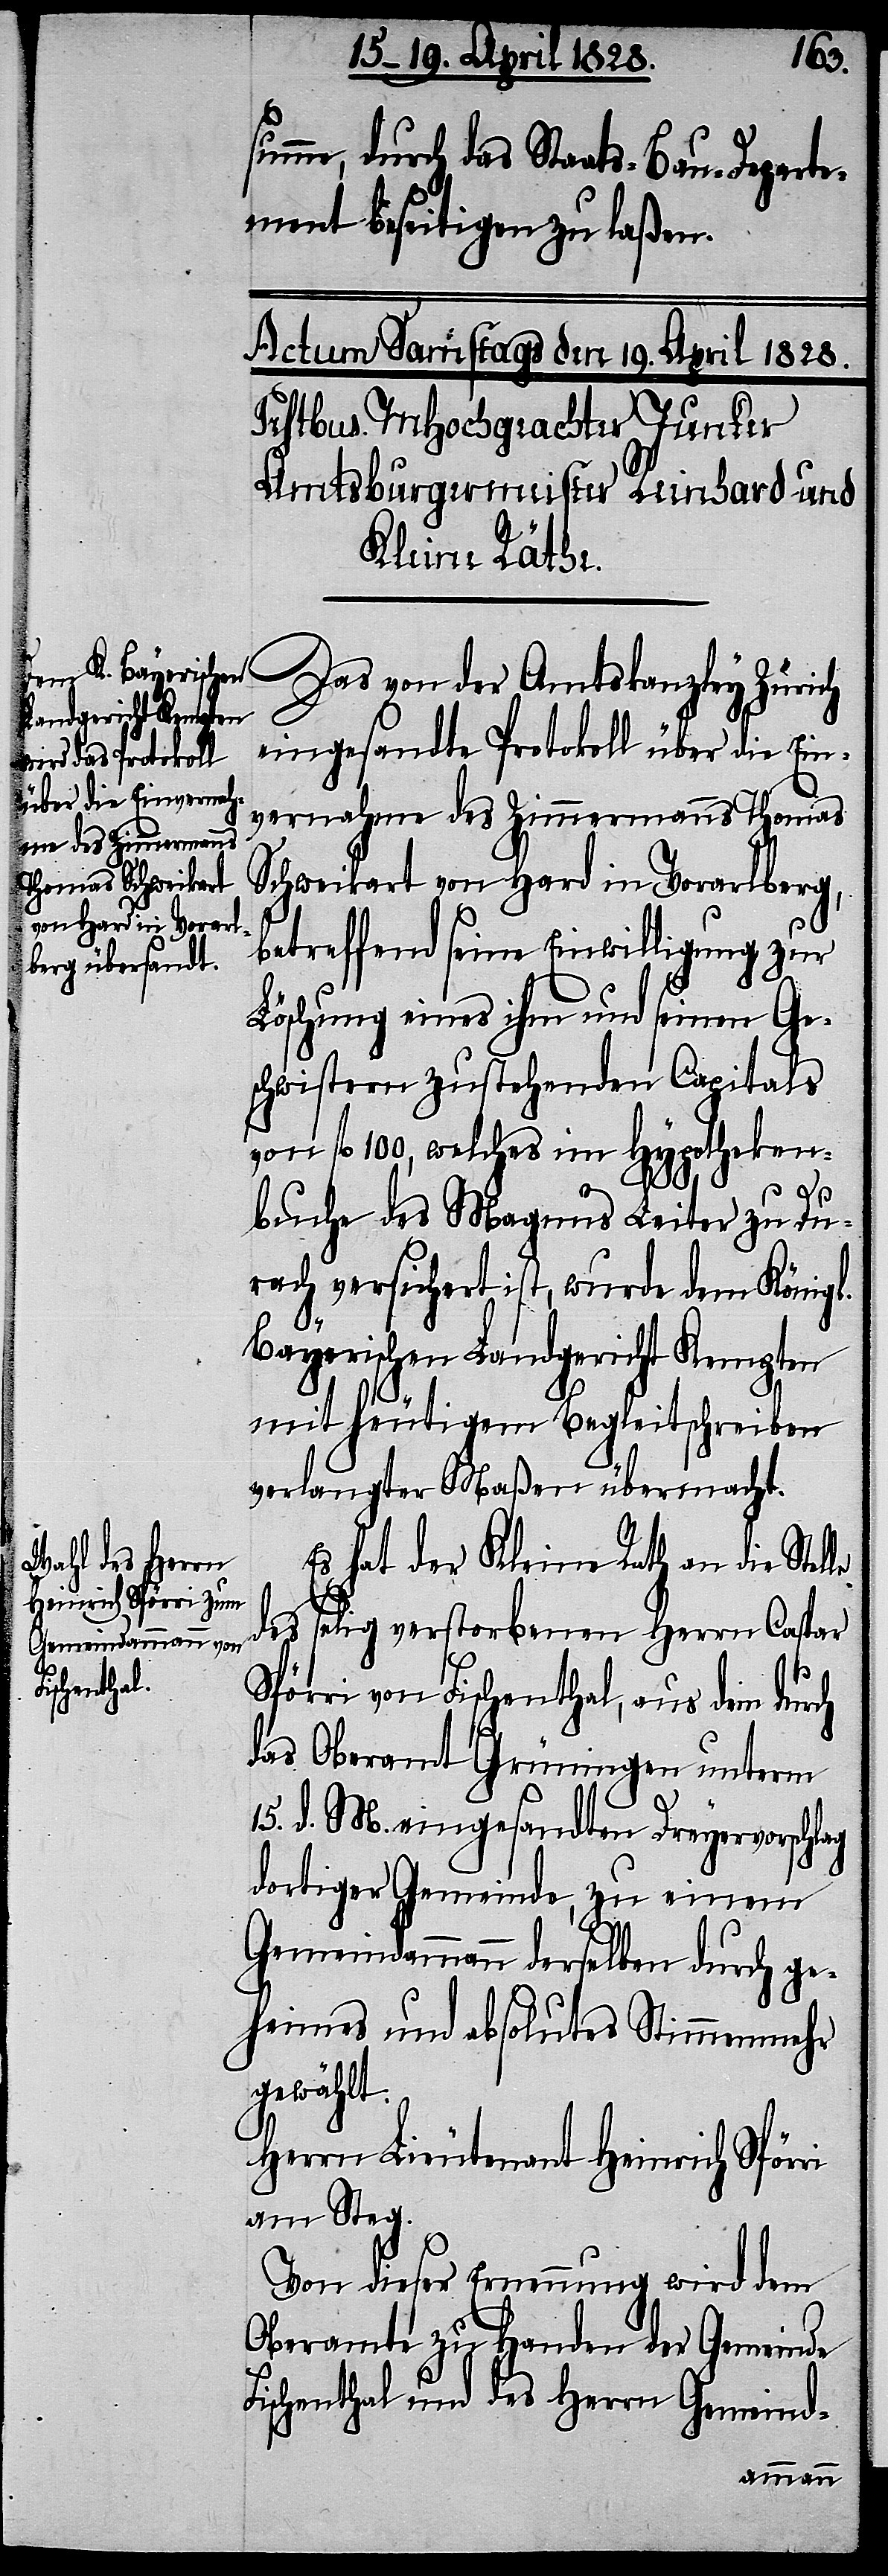
summe, durch das Staats-Bau-Departe¬
ment beseitigen zu laßen.
Das von der Amtskanzley Zürich
eingesandte Protokoll über die Ein¬
vernahme des Zimmermanns Thomas
Schweikart von Hard in Vorarlberg,
betreffend seine Einwilligung zur
Löschung eines ihm und seinen Ge¬
schwistern zustehenden Capitals
von fl. 100, welches im Hypotheken¬
buche des Magnus Leiter zu Du¬
rach versichert ist, wurde dem Königl.
Bayerischen Landgericht Kempten
mit heutigem Begleitschreiben
verlangter Maßen übermacht.
Es hat der Kleine Rath an die Stel¬
des selig verstobenen Herrn Caspar
le
Spörri von Fischenthal, aus dem durch
das Oberamt Grüningen unterm
15. d. M. eingesandten Dreyervorschlag
dortiger Gemeinde, zu einem
Gemeindammann derselben durch ge¬
heimes und absolutes Stimmenmehr
gewählt:
Herrn Lieutenant Heinrich Spörri
am Steg.
Von dieser Ernennung wird dem
Oberamte zu Handen der Gemeinde
Fischenthal und des Herrn Gemeind-